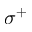
\sigma ^ { + }